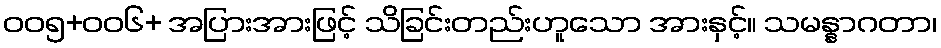
ဝဝ၅+ဝဝ၆+ အပြားအားဖြင့် သိခြင်းတည်းဟူသော အားနှင့်။ သမန္နာဂတာ၊